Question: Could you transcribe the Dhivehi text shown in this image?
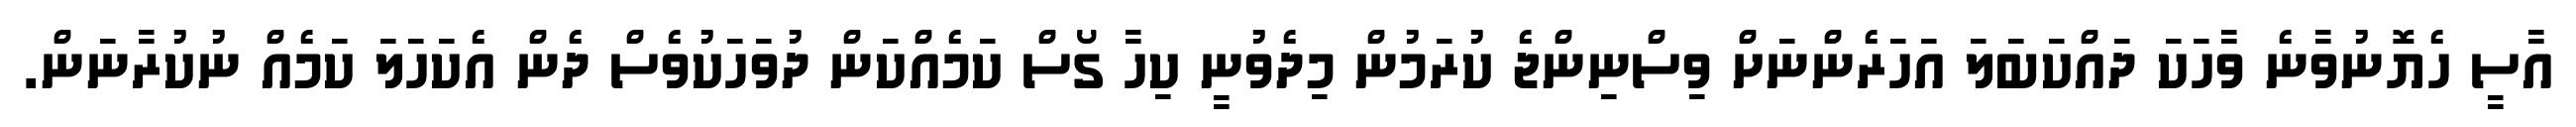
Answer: އާސީ ހެޔޮނުވާނެ ވާހަކަ ދައްކަބަލަ އަހަރެންނަށް ވިސްނިންޖެ ކުރަމުން މިދެވުނީ ކިހާ ގޯސް ކަމެއްކަން ދުވަހަކުވެސް ދެން އެކަހަލަ ކަމެއް ނުކުރާނަން.